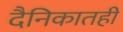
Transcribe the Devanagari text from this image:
दैनिकातही